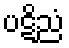
ပဋိညံ